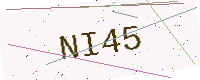
Text: NI45